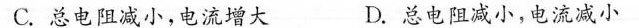
C.总电阻减小，电流增大 D.总电阻减小，电流减小R0浮子